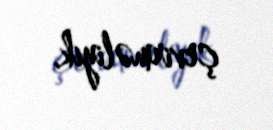
çevirməliyik.